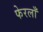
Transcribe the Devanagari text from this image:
फेरलाँ